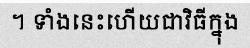
។ ទាំងនេះហើយជាវិធីក្នុង